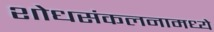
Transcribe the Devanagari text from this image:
शोधसंकलनामध्ये